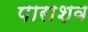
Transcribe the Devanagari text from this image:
पाराशव